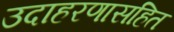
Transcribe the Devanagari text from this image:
उदाहरणासहित